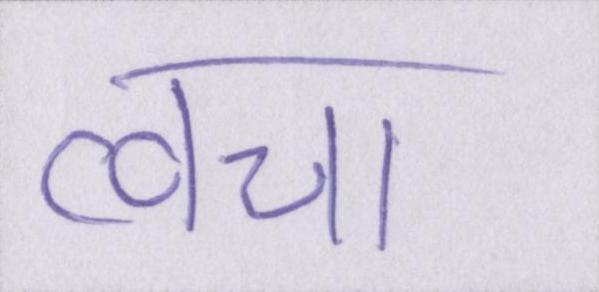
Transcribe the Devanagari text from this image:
त्वचा